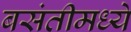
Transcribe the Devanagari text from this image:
बसंतीमध्ये